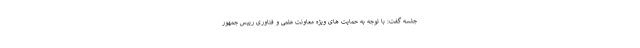
جلسه گفت: با توجه به حمایت های ویژه معاونت علمی و فناوری رییس جمهور